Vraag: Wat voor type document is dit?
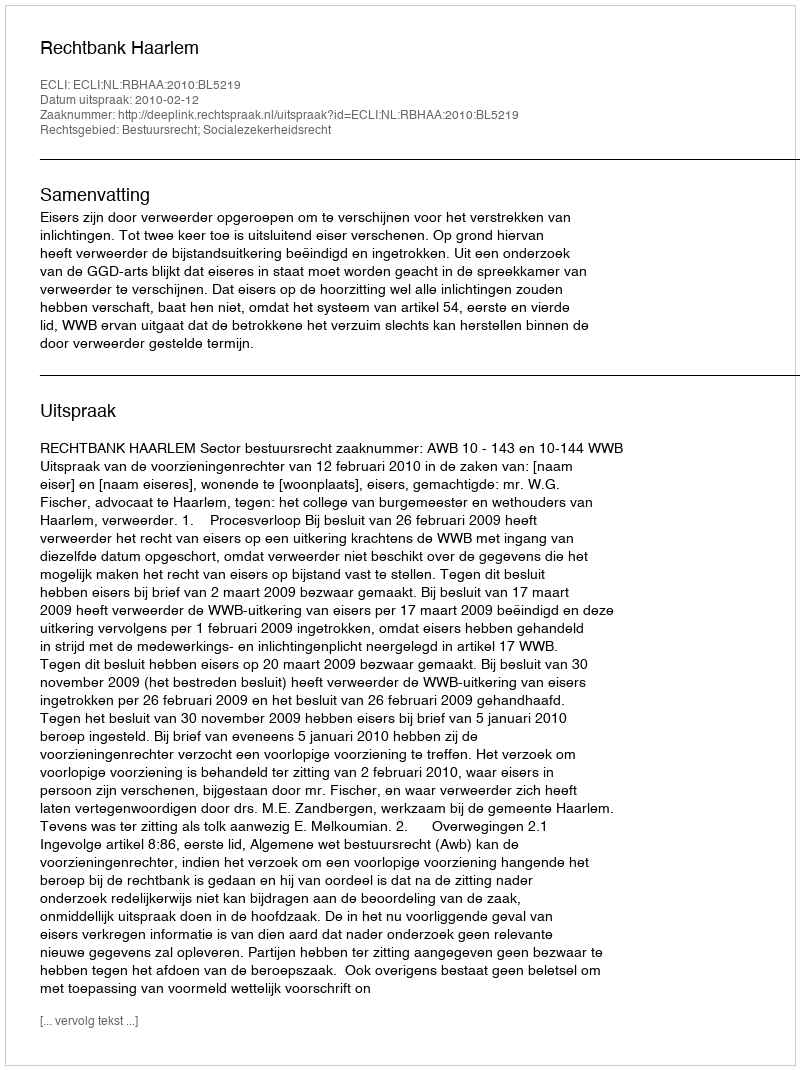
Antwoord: Uitspraak